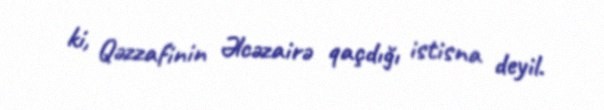
ki, Qəzzafinin Əlcəzairə qaçdığı istisna deyil.